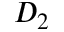
D _ { 2 }